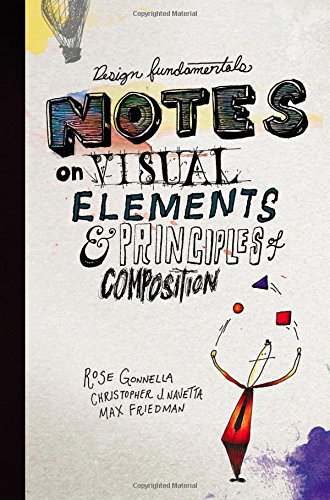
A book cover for Design Fundamentals: Notes on Visual Elements and Principles of Composition; Rose Gonnella; Computers & Technology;